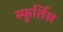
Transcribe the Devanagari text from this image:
स्फुर्तिस